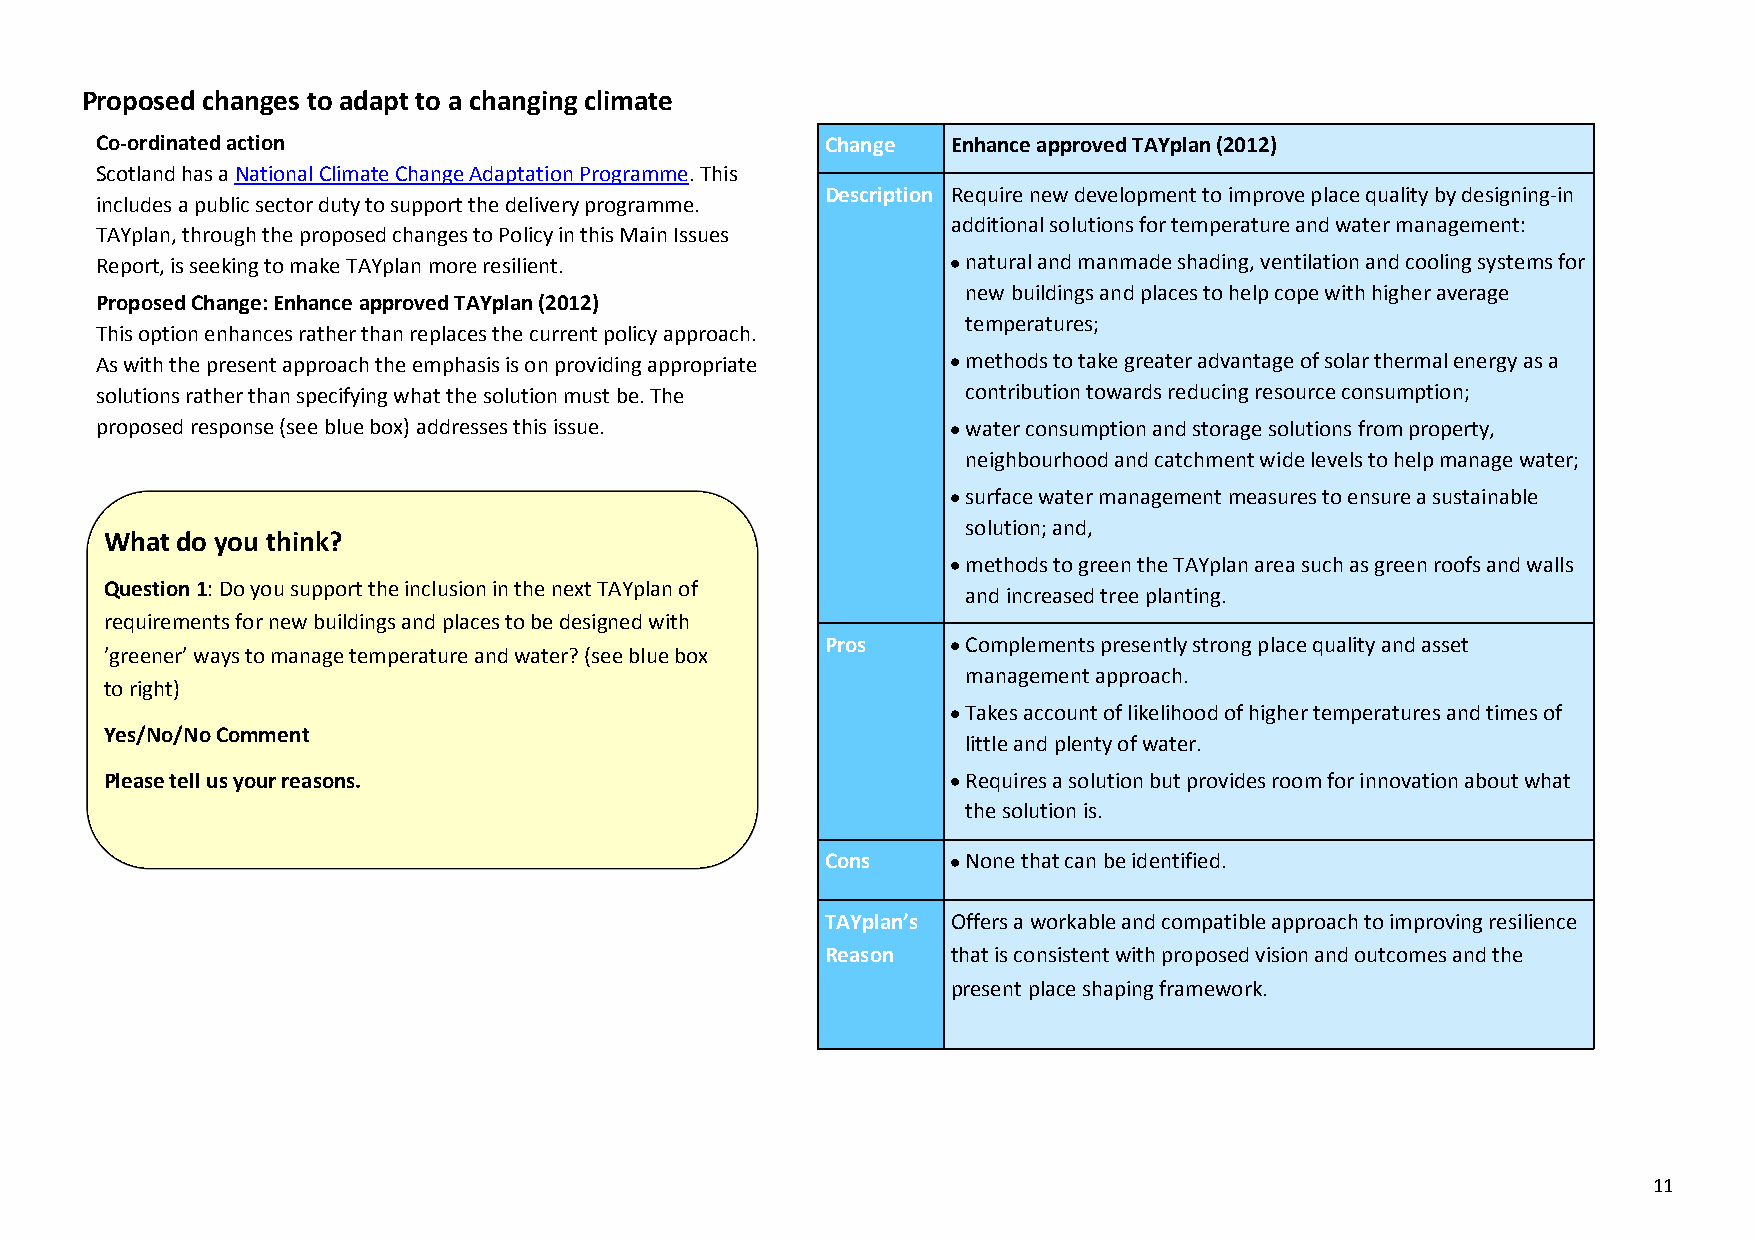
Proposed changes to adapt to a changing climate
 Co-ordinated action                              Change  Enhance approved TAYplan (2012)
 Scotland has a National Climate Change Adaptation Programme. This
 Description Require new development to improve place quality by designing-in
 includes a public sector duty to support the delivery programme.
 additional solutions for temperature and water management:
 TAYplan, through the proposed changes to Policy in this Main Issues
 Report, is seeking to make TAYplan more resilient.        natural and manmade shading, ventilation and cooling systems for
 new buildings and places to help cope with higher average
 Proposed Change: Enhance approved TAYplan (2012)
 temperatures;
 This option enhances rather than replaces the current policy approach.
 As with the present approach the emphasis is on providing appropriate methods to take greater advantage of solar thermal energy as a
 solutions rather than specifying what the solution must be. The contribution towards reducing resource consumption;
 proposed response (see blue box) addresses this issue.    water consumption and storage solutions from property,
 neighbourhood and catchment wide levels to help manage water;
 surface water management measures to ensure a sustainable
 solution; and,
 What do you think?
 methods to green the TAYplan area such as green roofs and walls
 Question 1: Do you support the inclusion in the next TAYplan of
 and increased tree planting.
 requirements for new buildings and places to be designed with
 Pros     Complements presently strong place quality and asset
 ’greener’ ways to manage temperature and water? (see blue box
 management approach.
 to right)
 Takes account of likelihood of higher temperatures and times of
 Yes/No/No Comment
 little and plenty of water.
 Please tell us your reasons.                             Requires a solution but provides room for innovation about what
 the solution is.
 Cons     None that can be identified.
 TAYplan’s Offers a workable and compatible approach to improving resilience
 Reason  that is consistent with proposed vision and outcomes and the
 present place shaping framework.
 11